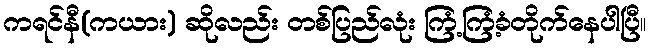
ကရင်နီ(ကယား) ဆိုလည်း တစ်ပြည်လုံး ကြံ့ကြံ့ခံတိုက်နေပါပြီ။